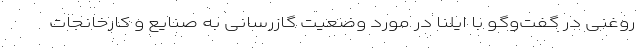
روغنی در گفت‌وگو با ایلنا در مورد وضعیت گازرسانی به صنایع و کارخانجات